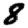
Digit: 8